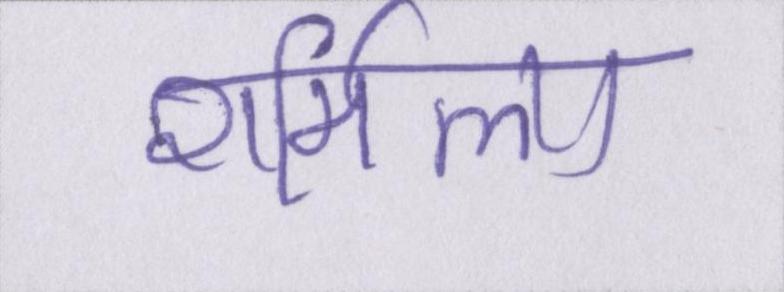
शर्मिला